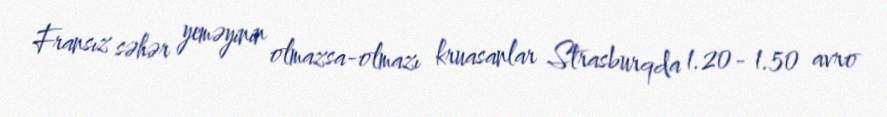
Fransız səhər yeməyinin olmazsa-olmazı kruasanlar Strasburqda 1.20- 1.50 avro